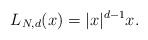
\begin{align*}L_{N,d}(x)=|x|^{d-1}x.\end{align*}